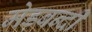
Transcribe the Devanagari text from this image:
मेड़बन्दी